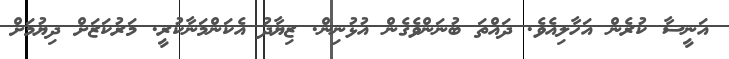
އަނީސާ ކުރެން އަހާލިއެވެ. ދައްތަ ބުނަންވެގެން އުޅުނިން. ޒިޔާދު އެކަންމަނާކުރީ. މަރުކަޒަށް ދިޔުމަށް